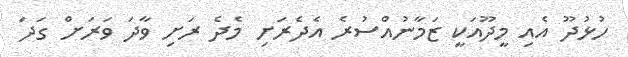
ހުޅުދޫ އެއި މީދޫއަކީ ޒަމާނުއްސުރެ އެދެރަށި މެދެ ރަށި ވާދަ ވަރަށް ގަދަ